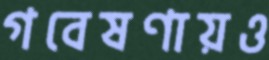
গবেষণায়ও